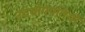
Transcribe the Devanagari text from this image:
उदयोगपतियों